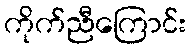
ကိုက်ညီကြောင်း